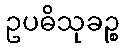
ဥပဓိသုခဉ္စ